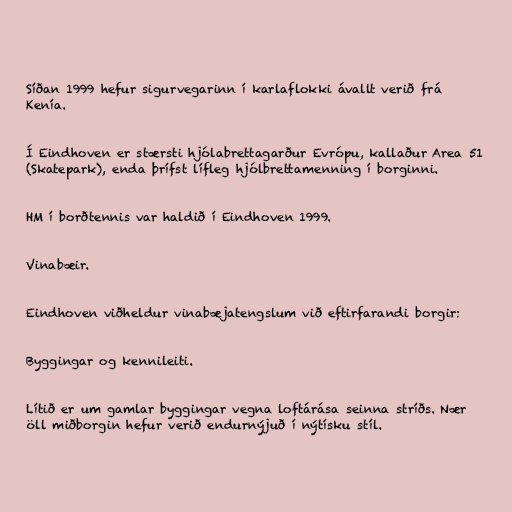
Síðan 1999 hefur sigurvegarinn í karlaflokki ávallt verið frá
Kenía.

Í Eindhoven er stærsti hjólabrettagarður Evrópu, kallaður Area 51
(Skatepark), enda þrífst lífleg hjólbrettamenning í borginni.

HM í borðtennis var haldið í Eindhoven 1999.

Vinabæir.

Eindhoven viðheldur vinabæjatengslum við eftirfarandi borgir:

Byggingar og kennileiti.

Lítið er um gamlar byggingar vegna loftárása seinna stríðs. Nær
öll miðborgin hefur verið endurnýjuð í nýtísku stíl.